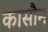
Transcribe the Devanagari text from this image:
कासौन